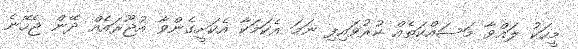
މީހަކު ލައްވާ މަސައްކަތެއް ކުރުވައިފި ނަމަ އެކަމަކާ އެކަށީގެންވާ އުޖޫރައެއް ދޭން ޖެހޭނެ